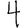
Digit: 4